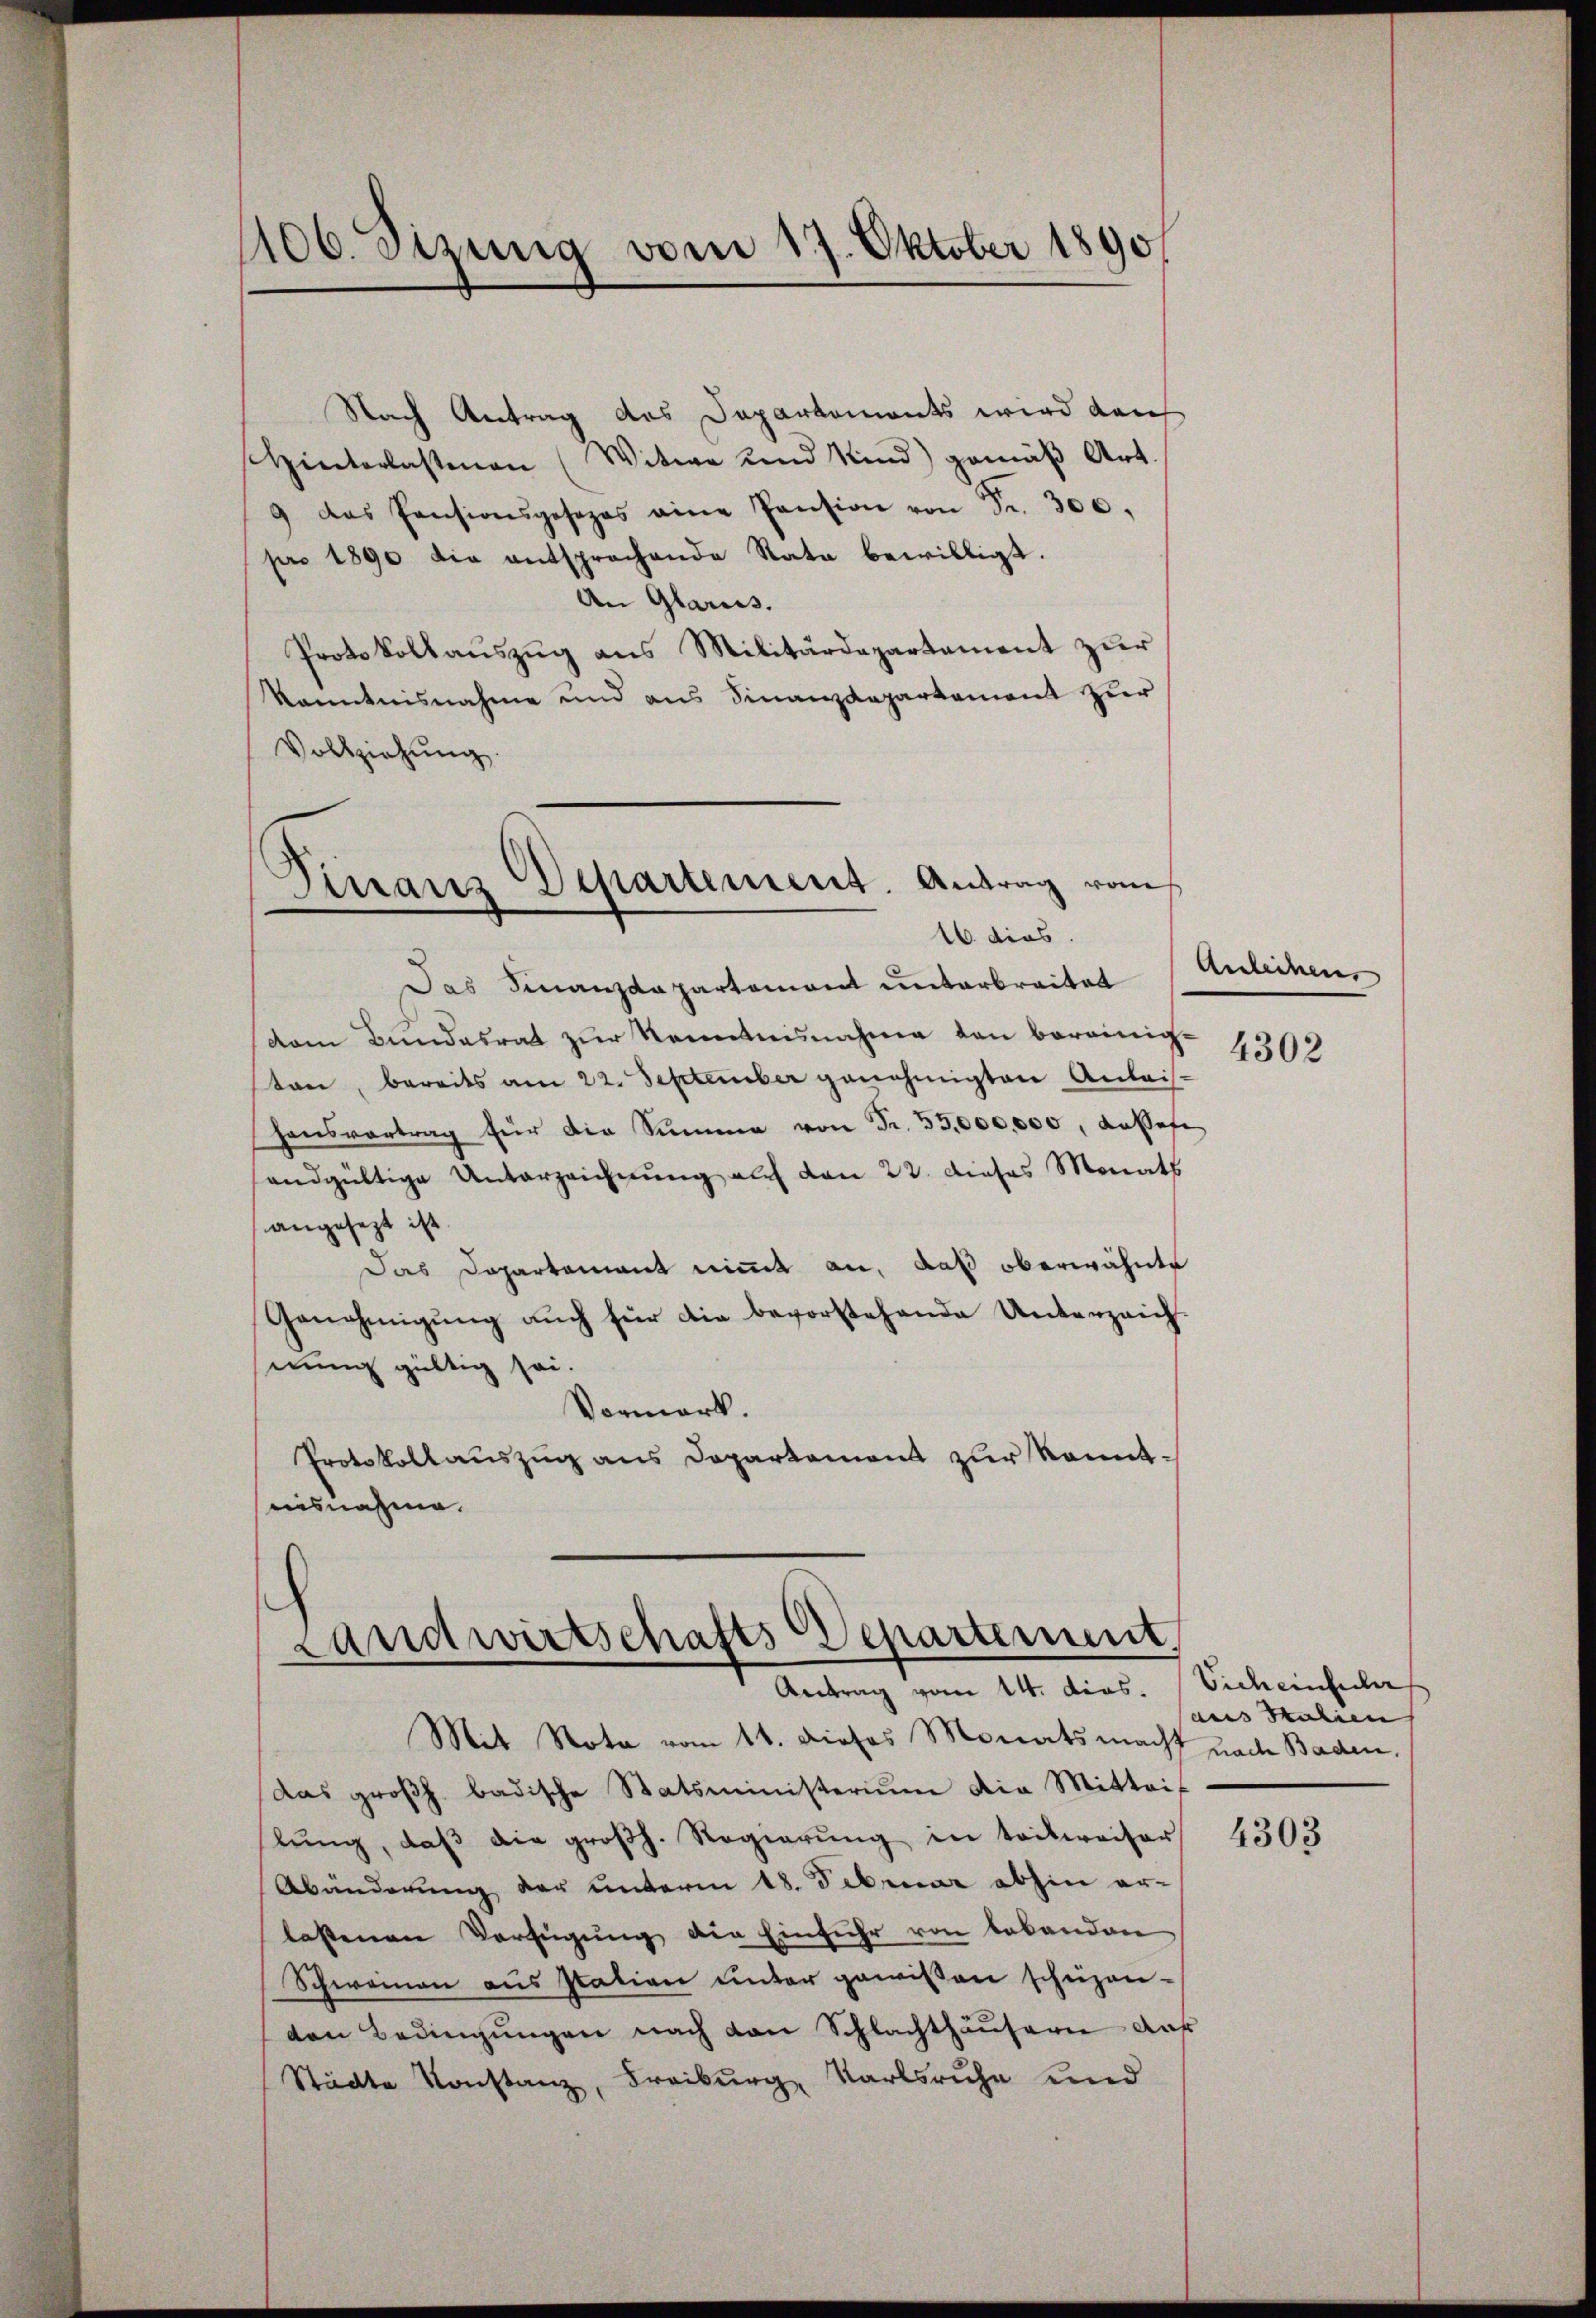
1106. Sizung vom 17. Oktober 1890

Nach Antrag des Departements wird dans
Hinterlassenen (Witwe und Kind) gemäβ Art.
9 das Pensionsgesezes eine Pension von Fr. 300.
pro 1890 die entsprechende Rata bewilligt.
An Glarus.
Protokollaŭszŭg ans Militärdepartament zŭr
kanntnisnahme und aus Finanzdepartement zur
Vollziehung.
Dirranz Departement. Antrag vom

16 dies

Das Finanzdepartemont unterbreitet
dam Bundesrat zŭr Kenntnisnahme von bereinig-
sten, bereits am 22. September genehmigten Anlais-
Honsvortrag für die Summe von Fr. 55,000,000, daßefe
andgültige Unterzeichnung auf den 22. Dieses Monats
angesezt ist.
Das Departement nimmt an, daß oberwähnte
Genehmigŭng aŭch für die bevorstehende Unterzeich-
nung gültig sei.
Vormerk.
Protokollauszug aus Departement zur konntuisnahme.

Landwirtschafts Departement,
Antrag vom 14. dies. (Vichenscher

Mit Nota vom 16. dieses Monats macht nach Baden.
Das großh. badische Statsministerium die Mittei
lŭng, daβ die groβh. Regierŭng in teilweiser
Abänderung der unterm 18. Februar abhin er-
lastenen Verfügung die Einfuhr von bebanden
Schweinen aus station unter gewißen schezen-
den Bedingŭngen nach von Schlachthäŭsern auf
Städte Konstanz, Freiburg, Karlsruhe und

Anleihen
4302

aus Salien

4303